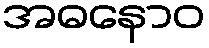
အဓနောဝ